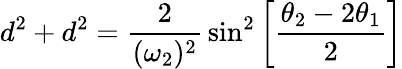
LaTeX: d^{2}+d^{2}={\frac{2}{(\omega_{2})^{2}}}\sin^{2}\left[{\frac{\theta_{2}-2\theta_{1}}{2}}\right]